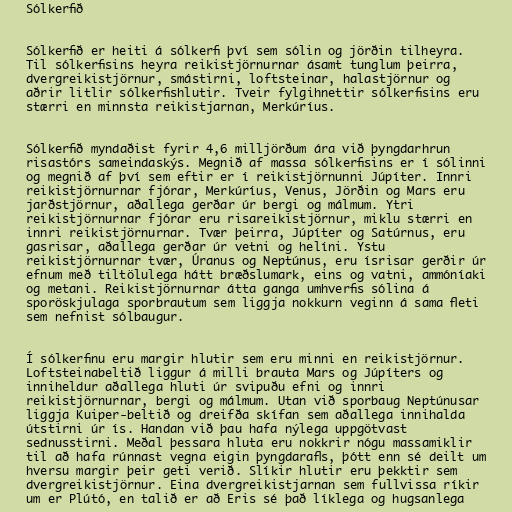
Sólkerfið

Sólkerfið er heiti á sólkerfi því sem sólin og jörðin tilheyra.
Til sólkerfisins heyra reikistjörnurnar ásamt tunglum þeirra,
dvergreikistjörnur, smástirni, loftsteinar, halastjörnur og
aðrir litlir sólkerfishlutir. Tveir fylgihnettir sólkerfisins eru
stærri en minnsta reikistjarnan, Merkúríus.

Sólkerfið myndaðist fyrir 4,6 milljörðum ára við þyngdarhrun
risastórs sameindaskýs. Megnið af massa sólkerfisins er í sólinni
og megnið af því sem eftir er í reikistjörnunni Júpíter. Innri
reikistjörnurnar fjórar, Merkúríus, Venus, Jörðin og Mars eru
jarðstjörnur, aðallega gerðar úr bergi og málmum. Ytri
reikistjörnurnar fjórar eru risareikistjörnur, miklu stærri en
innri reikistjörnurnar. Tvær þeirra, Júpíter og Satúrnus, eru
gasrisar, aðallega gerðar úr vetni og helíni. Ystu
reikistjörnurnar tvær, Úranus og Neptúnus, eru ísrisar gerðir úr
efnum með tiltölulega hátt bræðslumark, eins og vatni, ammóníaki
og metani. Reikistjörnurnar átta ganga umhverfis sólina á
sporöskjulaga sporbrautum sem liggja nokkurn veginn á sama fleti
sem nefnist sólbaugur.

Í sólkerfinu eru margir hlutir sem eru minni en reikistjörnur.
Loftsteinabeltið liggur á milli brauta Mars og Júpíters og
inniheldur aðallega hluti úr svipuðu efni og innri
reikistjörnurnar, bergi og málmum. Utan við sporbaug Neptúnusar
liggja Kuiper-beltið og dreifða skífan sem aðallega innihalda
útstirni úr ís. Handan við þau hafa nýlega uppgötvast
sednusstirni. Meðal þessara hluta eru nokkrir nógu massamiklir
til að hafa rúnnast vegna eigin þyngdarafls, þótt enn sé deilt um
hversu margir þeir geti verið. Slíkir hlutir eru þekktir sem
dvergreikistjörnur. Eina dvergreikistjarnan sem fullvissa ríkir
um er Plútó, en talið er að Eris sé það líklega og hugsanlega